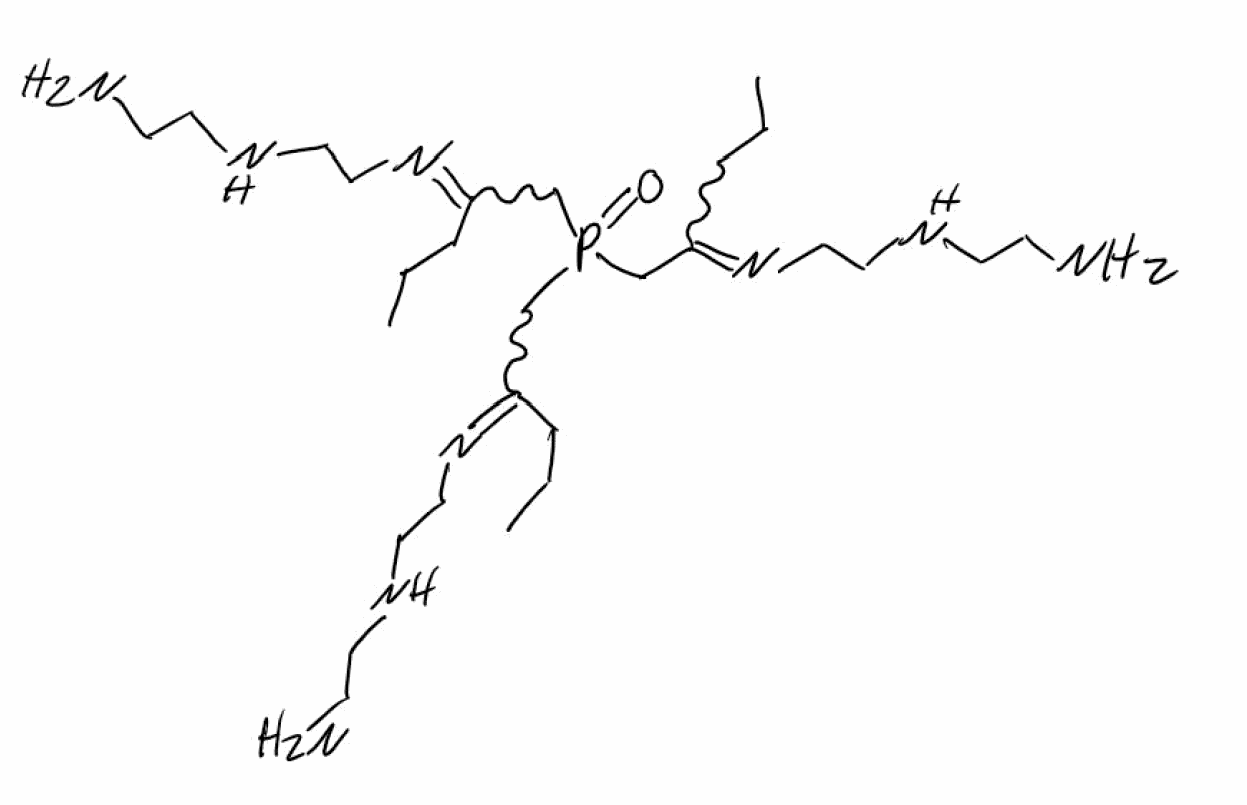
Simplified molecular-input line-entry system (SMILES) notation of the given molecule:
CCCC(=NCCNCCN)CP(=O)(CC(=NCCNCCN)CCC)CC(=NCCNCCN)CCC